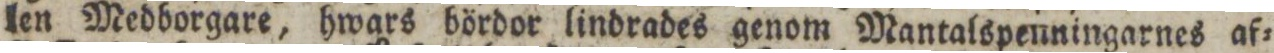
len Medborgare, hwars bördor lindrades genom Mantalspenningarnes af=